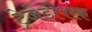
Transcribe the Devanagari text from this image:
ट्रेजेडीपरक